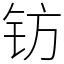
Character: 钫